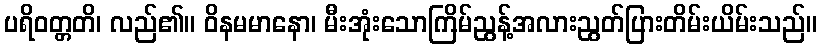
ပရိဝတ္တတိ၊ လည်၏။ ဝိနမမာနော၊ မီးအုံးသောကြိမ်ညွန့်အလားညွတ်ပြားတိမ်းယိမ်းသည်။